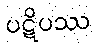
ပဋိပဿ